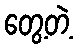
တွေ့တဲ့